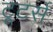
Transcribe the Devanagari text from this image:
टूटर्स